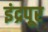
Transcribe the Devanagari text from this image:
इंद्रपूर